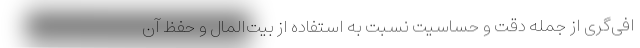
افی‌گری از جمله دقت و حساسیت نسبت به استفاده از بیت‌المال و حفظ آن